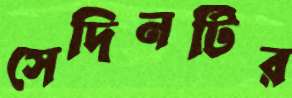
সেদিনটির